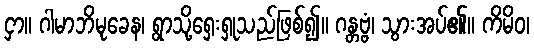
ငှာ။ ဂါမာဘိမုခေန၊ ရွာသို့ရှေးရှုသည်ဖြစ်၍။ ဂန္တဗ္ဗံ၊ သွားအပ်၏။ ကိမိဝ၊